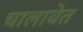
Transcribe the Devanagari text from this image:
चालावेत